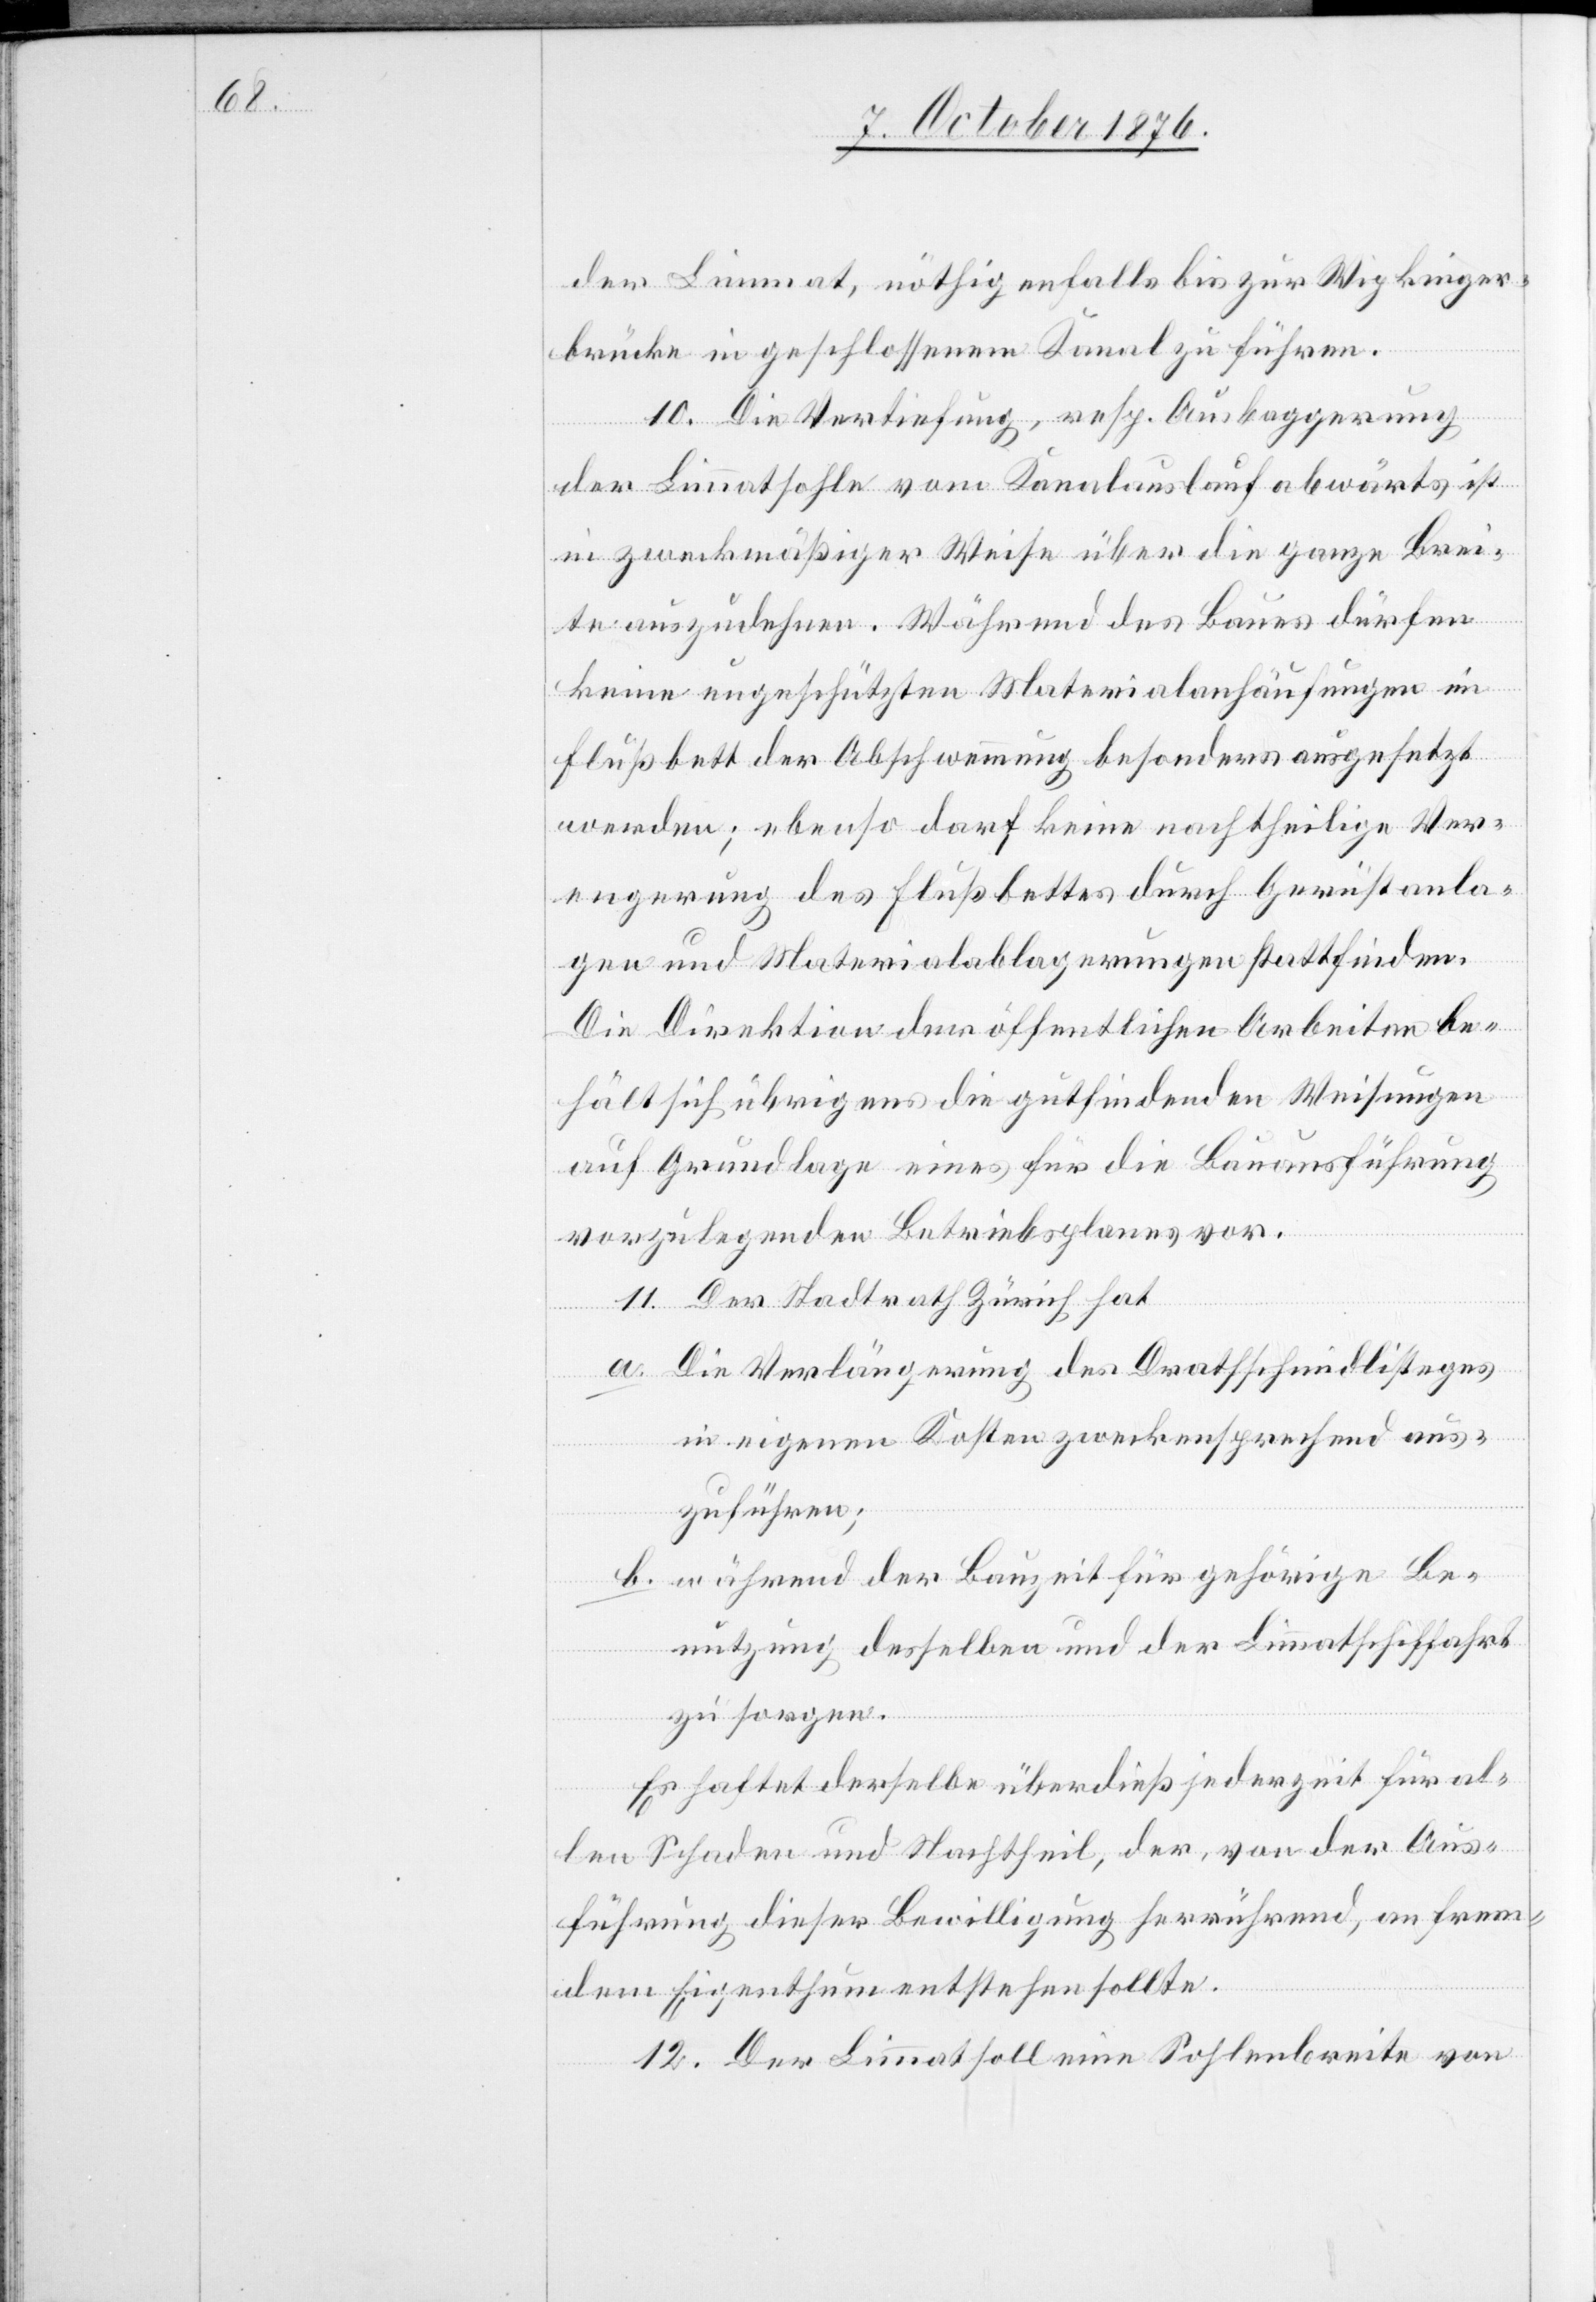
der Limmat, nöthigenfalls bis zur Wipkinger¬
brücke in geschlossenem Kanal zu führen.
10. Die Vertiefung, resp. Aufbaggerung
der Limmatsohle vom Kanalauslauf abwärts ist
in zweckmäßiger Weise über die ganze Brei¬
te auszudehnen. Während des Baues dürfen
keine ungeschützten Materialanhäufungen im
Flußbett der Abschwemmung besonders ausgesetzt
werden; ebenso darf keine nachtheilige Ver¬
engerung des Flußbettes durch Gerüstanla¬
gen und Materialablagerungen stattfinden.
Die Direktion der öffentlichen Arbeiten be¬
hält sich übrigens die gutfindenden Weisungen
auf Grundlage eines für die Bauausführung
vorzulegenden Betriebsplanes vor.
11. Der Stadtrath Zürich hat
a. Die Verlängerung des Drathschmidlisteges
in eigenen Kosten zweckentsprechend aus¬
zuführen;
b. während der Bauzeit für gehörige Be¬
nutzung desselben und der Limmatschiffahrt
zu sorgen.
Es haftet derselbe überdieß jederzeit für al¬
len Schaden und Nachtheil, der, von der Aus¬
führung dieser Bewilligung herrührend, an frem¬
dem Eigenthum entstehen sollte.
12. Der Limmat soll eine Sohlenbreite von